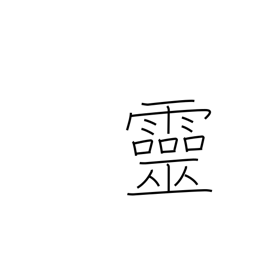
Meaning: spirit